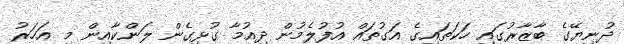
ދުނިޔޭގެ ބާޒާރުގައި ހަކަތައިގެ އަގުތައް އުފުލެމުން ދިއުމާ ގުޅިގެން ލަންކާއިން މި އަހަރު